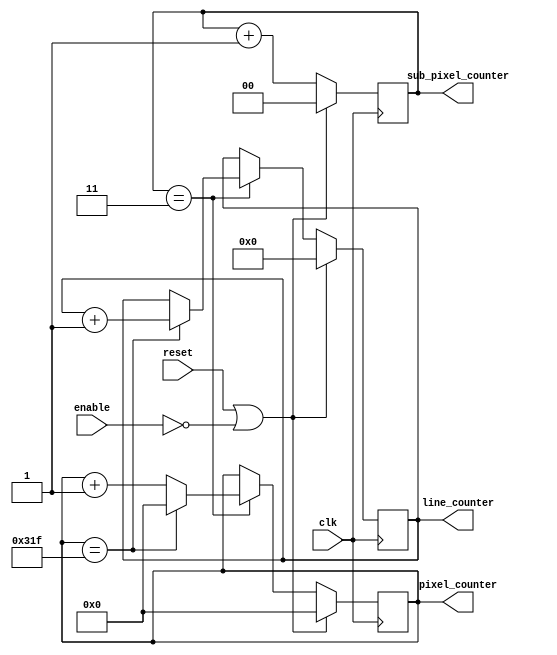
`timescale 1ns / 1ps
//////////////////////////////////////////////////////////////////////////////////
// Company: 
// Engineer: 
// 
// Design Name: 
// Module Name:    vga_counter 
// Project Name: 
// Target Devices: 
// Tool versions: 
// Description: 
//
// Dependencies: 
//
// Revision: 
// Revision 0.01 - File Created
// Additional Comments: 
//
//////////////////////////////////////////////////////////////////////////////////
module VgaCounter(
	input 			  enable,
	input 			  reset,
	input 			  clk,
	output reg [9:0] pixel_counter,
	output reg [8:0] line_counter,
	output reg [1:0] sub_pixel_counter
    );
	 
	parameter SUB_PIXEL_WIDTH = 2; // 2 bits for 25MHz clock (count up to 4)
	parameter PIXELS = 800; // for a visible resolution width of 640 pixels
	parameter PIXEL_WIDTH = 10; // bit width pixel_counter
	parameter LINES = 525; // for a visible resolution width of 480 pixels
	parameter LINE_WIDTH = 9; // bit width of line_counter
	
	parameter PIXEL_COUNTER_START = {PIXEL_WIDTH{1'b0}};
	parameter LINE_COUNTER_START = {LINE_WIDTH{1'b0}};
	
	initial pixel_counter = PIXEL_COUNTER_START;
	initial line_counter = LINE_COUNTER_START;
	initial sub_pixel_counter = {SUB_PIXEL_WIDTH{1'b0}};
	
	always@(posedge clk) begin
		if (reset || !enable) begin // reset counters
			sub_pixel_counter <= {SUB_PIXEL_WIDTH{1'b0}};
			pixel_counter <= PIXEL_COUNTER_START;
			line_counter <= LINE_COUNTER_START;
		end
		else begin
		
			sub_pixel_counter <= sub_pixel_counter + 1'b1;
			
			if (sub_pixel_counter == {SUB_PIXEL_WIDTH{1'b1}}) begin // "clock divider" - every 4 clock ticks
			
				if (pixel_counter == PIXELS - 1'b1) begin // if pixel_counter is at the end of the line
					pixel_counter <= {PIXEL_WIDTH{1'b0}}; // reset pixel_counter
					line_counter <= line_counter + 1'b1; // move down one line
				end
				else
					pixel_counter <= pixel_counter + 1'b1; // else draw next pixel
				if (line_counter == LINES - 1'b1) // if line_counter has reached the bottom of the screen
					line_counter <= {LINE_WIDTH{1'b0}}; // reset back to the top of the screen
					
			end // if end
		end // else end
	end // always end

endmodule